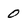
Character: 0